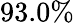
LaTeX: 93.0\%